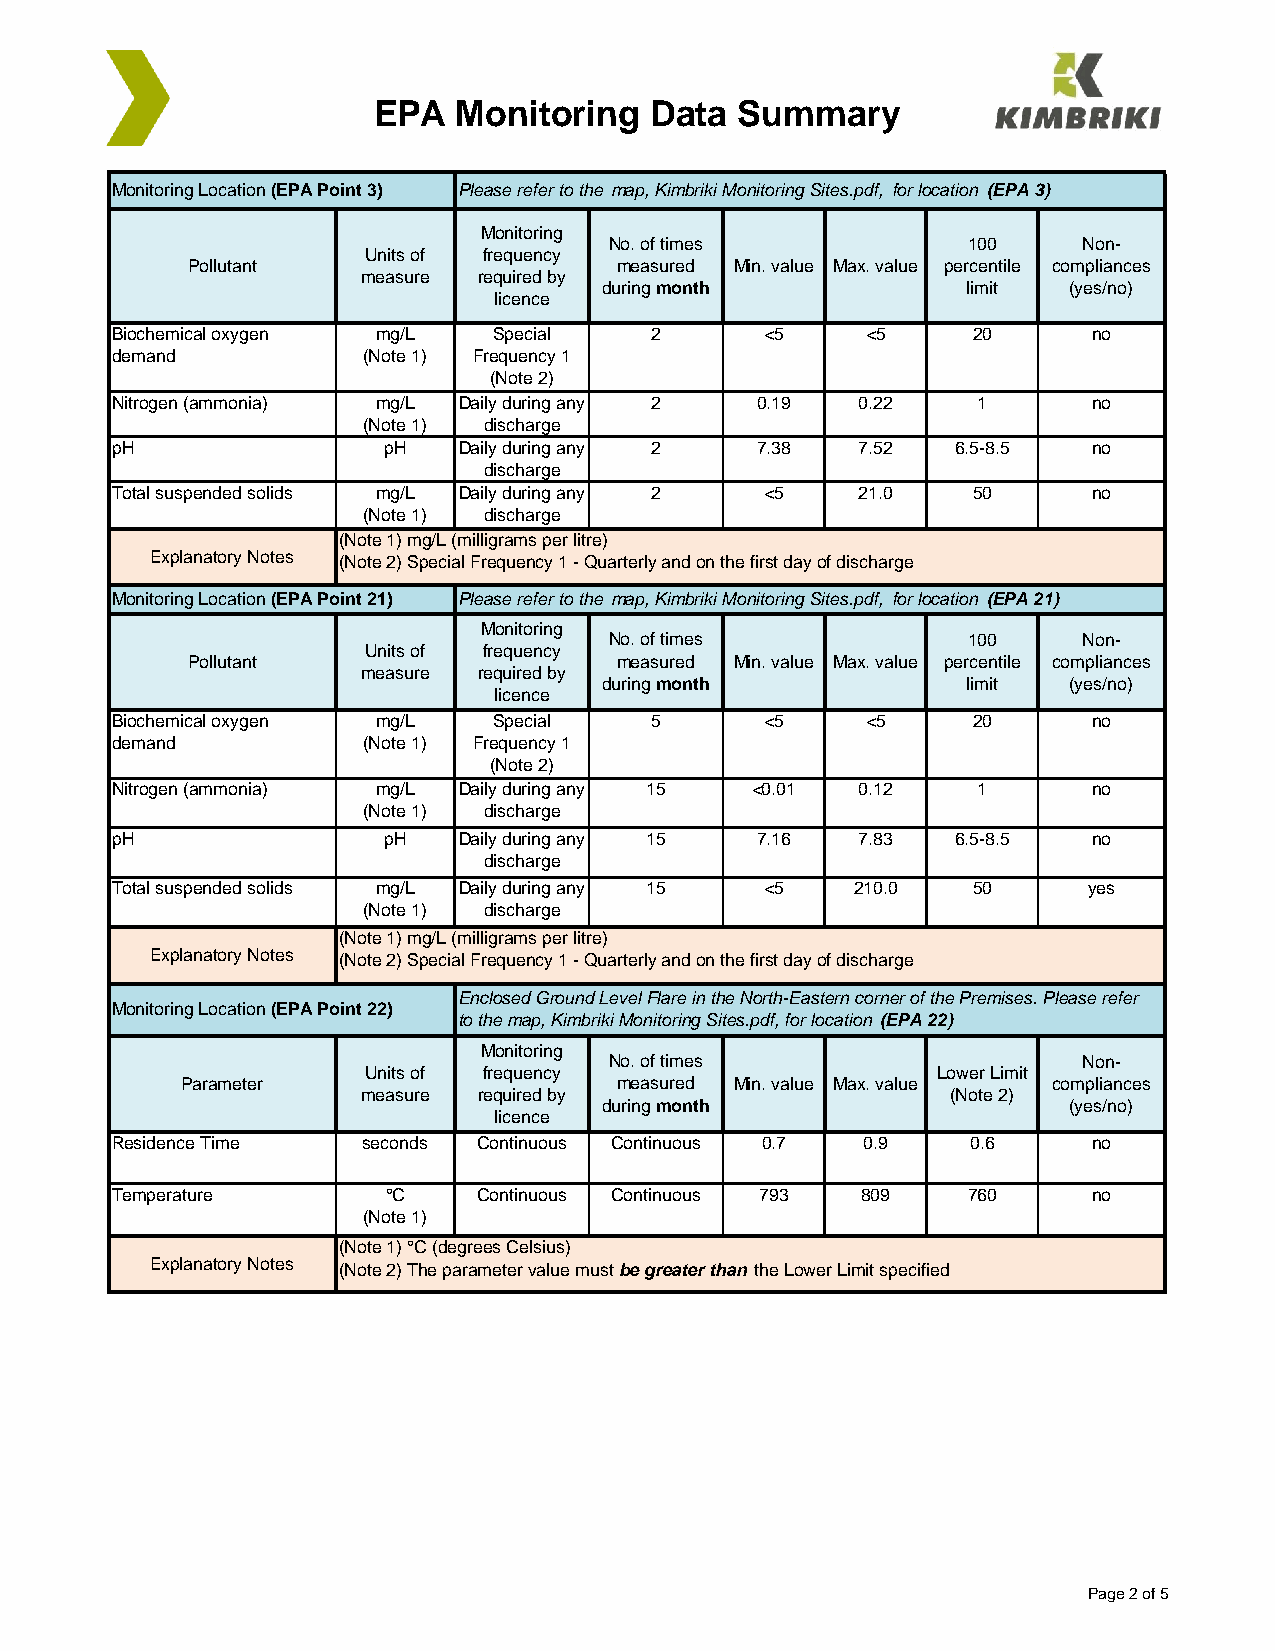
EPA  Monitoring   Data  Summary
 Monitoring Location (EPA Point 3) Please refer to the map, Kimbriki Monitoring Sites.pdf, for location (EPA 3)
 Monitoring
 No. of times            100     Non-
 Units of frequency
 Pollutant                    measured Min. value Max. value percentile compliances
 measure required by
 during month            limit  (yes/no)
 licence
 Biochemical oxygen mg/L   Special   2       <5    <5     20      no
 demand           (Note 1) Frequency 1
 (Note 2)
 Nitrogen (ammonia) mg/L Daily during any 2 0.19   0.22    1      no
 (Note 1) discharge
 pH                pH   Daily during any 2  7.38   7.52  6.5-8.5  no
 discharge
 Total suspended solids mg/L Daily during any 2 <5 21.0   50      no
 (Note 1) discharge
 (Note 1) mg/L (milligrams per litre)
 Explanatory Notes (Note 2) Special Frequency 1 - Quarterly and on the first day of discharge
 Monitoring Location (EPA Point 21) Please refer to the map, Kimbriki Monitoring Sites.pdf, for location (EPA 21)
 Monitoring
 No. of times            100     Non-
 Units of frequency
 Pollutant                    measured Min. value Max. value percentile compliances
 measure required by
 during month            limit  (yes/no)
 licence
 Biochemical oxygen mg/L   Special   5       <5    <5     20      no
 demand           (Note 1) Frequency 1
 (Note 2)
 Nitrogen (ammonia) mg/L Daily during any 15 <0.01 0.12    1      no
 (Note 1) discharge
 pH                pH   Daily during any 15 7.16   7.83  6.5-8.5  no
 discharge
 Total suspended solids mg/L Daily during any 15 <5 210.0 50      yes
 (Note 1) discharge
 (Note 1) mg/L (milligrams per litre)
 Explanatory Notes (Note 2) Special Frequency 1 - Quarterly and on the first day of discharge
 Enclosed Ground Level Flare in the North-Eastern corner of the Premises. Please refer
 Monitoring Location (EPA Point 22)
 to the map, Kimbriki Monitoring Sites.pdf, for location (EPA 22)
 Monitoring
 No. of times                    Non-
 Units of frequency                    Lower Limit
 Parameter                    measured Min. value Max. value compliances
 measure required by                    (Note 2)
 during month                   (yes/no)
 licence
 Residence Time   seconds Continuous Continuous 0.7 0.9   0.6     no
 Temperature        °C    Continuous Continuous 793 809   760     no
 (Note 1)
 (Note 1) °C (degrees Celsius)
 Explanatory Notes (Note 2) The parameter value must be greater than the Lower Limit specified
 Page 2 of 5